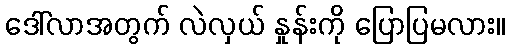
ဒေါ်လာအတွက် လဲလှယ် နှုန်းကို ပြောပြမလား။